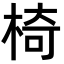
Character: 椅